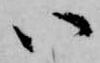
い